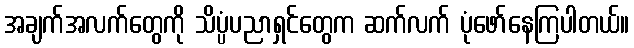
အချက်အလက်တွေကို သိပ္ပံပညာရှင်တွေက ဆက်လက် ပုံဖော်နေကြပါတယ်။